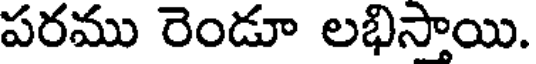
పరము రెండూ లభిసాయి.